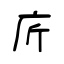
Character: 庍